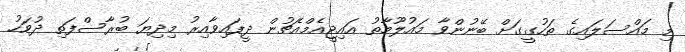
މި މައްސަލައިގެ ތަހުގީގަށް ބޭނުންވާ މައުލޫމާތު އައިޖީއެމްއެޗުން ދީފައިވާއިރު މިދިޔަ ބުރާސްފަތި ދުވަހު